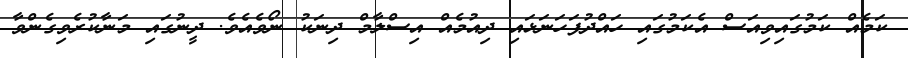
ކަމެއް ކަމުގައިވިއަސް އެކަމުގައި ހައްދުފަހަނަޅައި ދިއުމެއް އިސްލާމް ދިނަކު ނޯވެއެވެ. ދީނުގައި މަނާކުރެވިގެންވާ